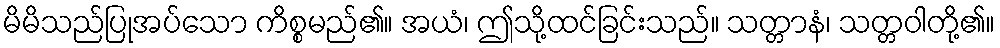
မိမိသည်ပြုအပ်သော ကိစ္စမည်၏။ အယံ၊ ဤသို့ထင်ခြင်းသည်။ သတ္တာနံ၊ သတ္တဝါတို့၏။